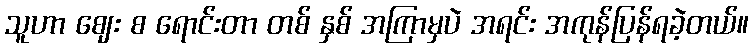
သူဟာ ဈေး စ ရောင်းတာ တစ် နှစ် အကြာမှပဲ အရင်း အကုန်ပြန်ရခဲ့တယ်။